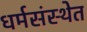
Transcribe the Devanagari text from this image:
धर्मसंस्थेत